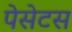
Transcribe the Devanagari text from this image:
पेसेटस